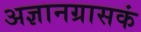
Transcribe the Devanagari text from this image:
अज्ञानग्रासकं